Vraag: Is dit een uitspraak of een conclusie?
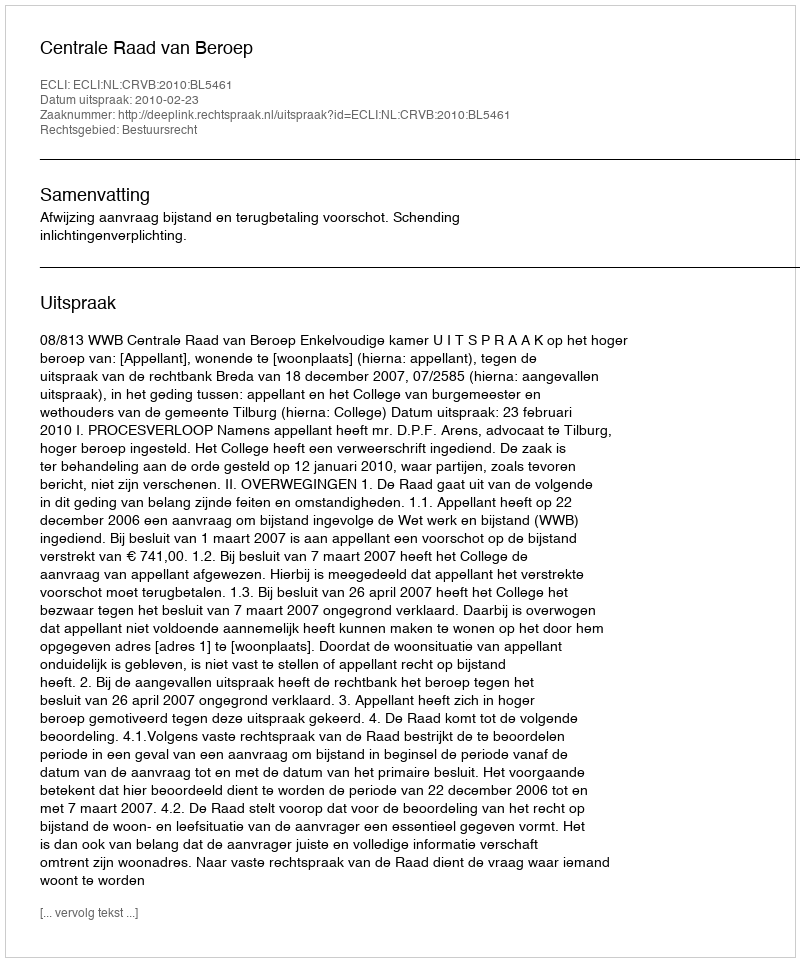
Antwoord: Uitspraak